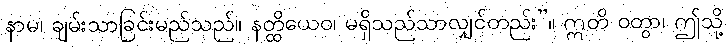
နာမ၊ ချမ်းသာခြင်းမည်သည်။ နတ္ထိယေဝ၊ မရှိသည်သာလျှင်တည်း”။ ဣတိ ဝတွာ၊ ဤသို့